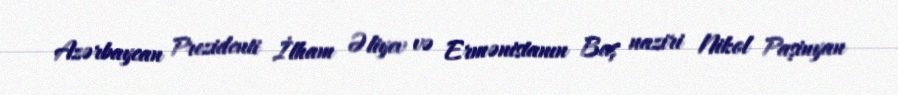
Azərbaycan Prezidenti İlham Əliyev və Ermənistanın Baş naziri Nikol Paşinyan